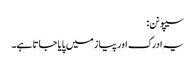
سیپو نن:
یہ ادرک اور پیاز میں پایا جاتا ہے۔